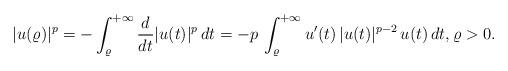
LaTeX: \begin{align*}|u(\varrho)|^p=-\int^{+\infty}_\varrho \frac{d}{dt} |u(t)|^p\, dt=-p\, \int_\varrho^{+\infty} u'(t)\, |u(t)|^{p-2}\, u(t)\, dt,\varrho>0.\end{align*}